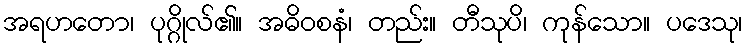
အရဟတော၊ ပုဂ္ဂိုလ်၏။ အဓိဝစနံ၊ တည်း။ တီသုပိ၊ ကုန်သော။ ပဒေသု၊